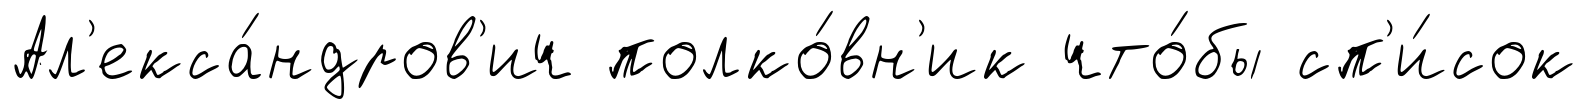
Ал'екса́ндров'ич полко́вн'ик что́бы сп'и́сок